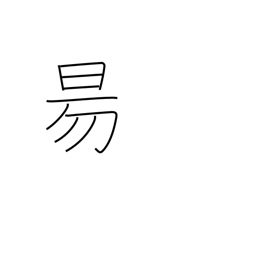
Meaning: sun